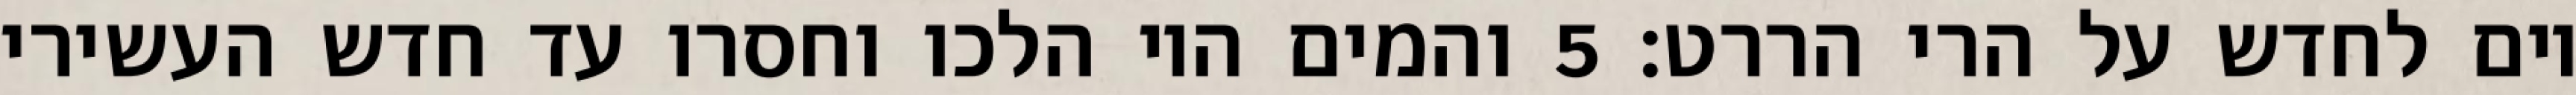
יום לחדש על הרי הררט׃ ‎5‏ והמים היו הלכו וחסרו עד חדש העשירי